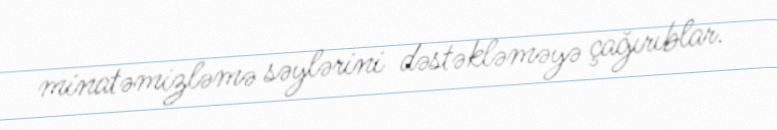
minatəmizləmə səylərini dəstəkləməyə çağırıblar.